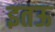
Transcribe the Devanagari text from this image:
इतऊ